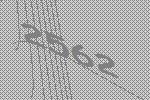
2562